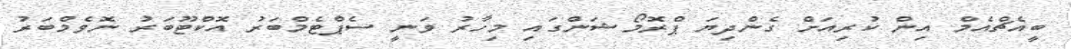
ބީއެޗްއެމް އިން ކުރިއަށް ގެންދިޔަ ޕްރޮމޯޝަންގައި މިހާރު ވަނީ ސެޕްޓެމްބަރު އޮކްޓޫބަރު ނޮވެމްބަރު